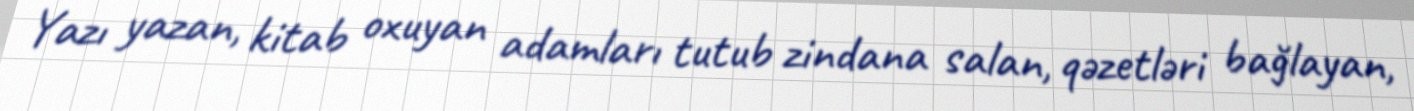
Yazı yazan, kitab oxuyan adamları tutub zindana salan, qəzetləri bağlayan,